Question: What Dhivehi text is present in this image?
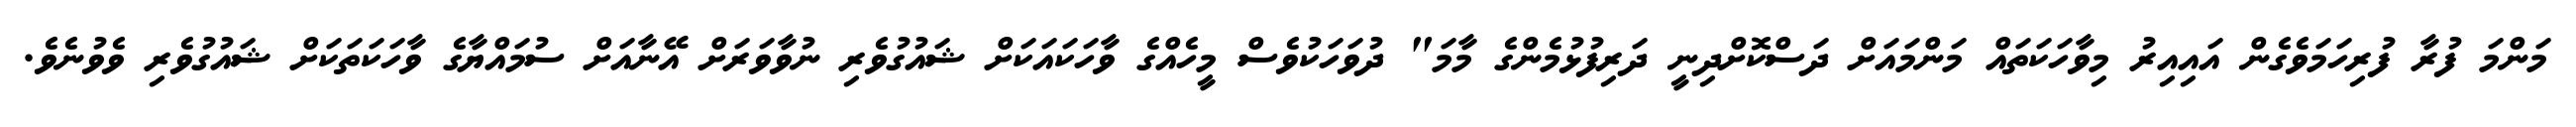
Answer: މަންމަ ފުރާ ފުރިހަމަވެގެން އައިއިރު މިވާހަކަތައް މަންމައަށް ދަސްކޮށްދިނީ ދަރިފުޅުމެންގެ މާމަ" ދުވަހަކުވެސް މީހެއްގެ ވާހަކައަކަށް ޝައުގުވެރި ނުވާވަރަށް އޭނާއަށް ސުމައްޔާގެ ވާހަކަތަކަށް ޝައުގުވެރި ވެވުނެވެ.